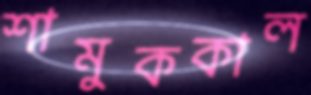
শামুককাল